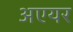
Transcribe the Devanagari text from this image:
अएयर